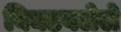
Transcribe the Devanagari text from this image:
बिघडवलेले